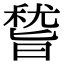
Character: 𥡞